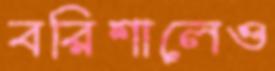
বরিশালেও